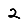
Digit: 2